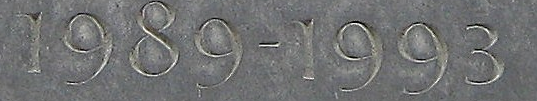
1989-1993